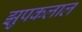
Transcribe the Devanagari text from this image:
झुपकलाल